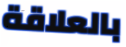
بالعلاقة